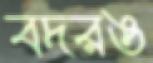
বদরঙ